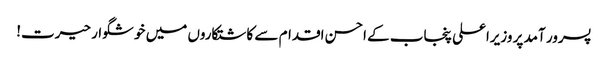
پسرور آمد پر وزیراعلی پنجاب کے احسن اقدام سے کاشتکاروں میں خوشگوار حیرت!